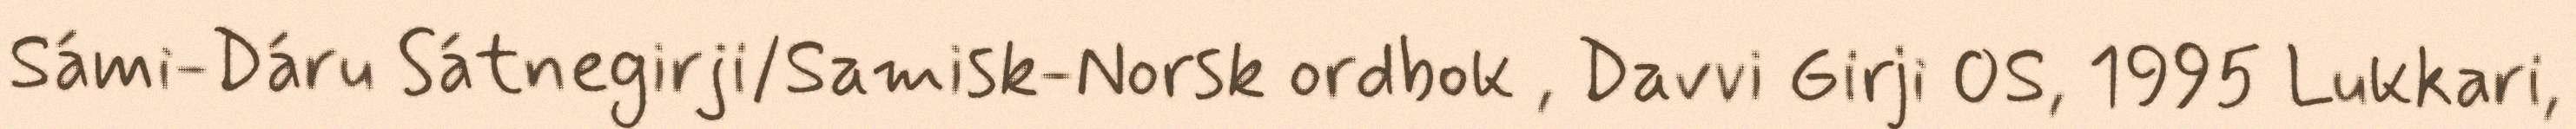
Sámi-Dáru Sátnegirji/Samisk-Norsk ordbok , Davvi Girji OS, 1995 Lukkari,